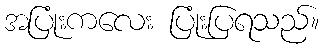
အပြုံးကလေး ပြုံးပြရသည်။